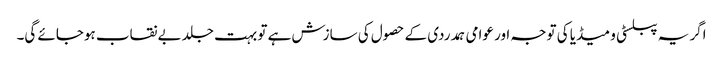
اگر یہ پبلسٹی و میڈیا کی توجہ اور عوامی ہمدردی کے حصول کی سازش ہے تو بہت جلد بے نقاب ہوجائے گی۔